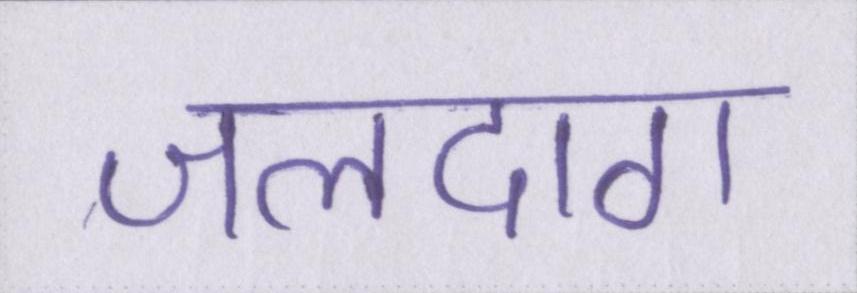
जलदाग